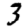
Digit: 3